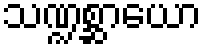
သဏ္ဍစ္ဆာယော